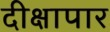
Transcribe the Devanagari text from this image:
दीक्षापार